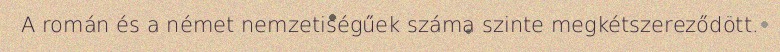
A román és a német nemzetiségűek száma szinte megkétszereződött.